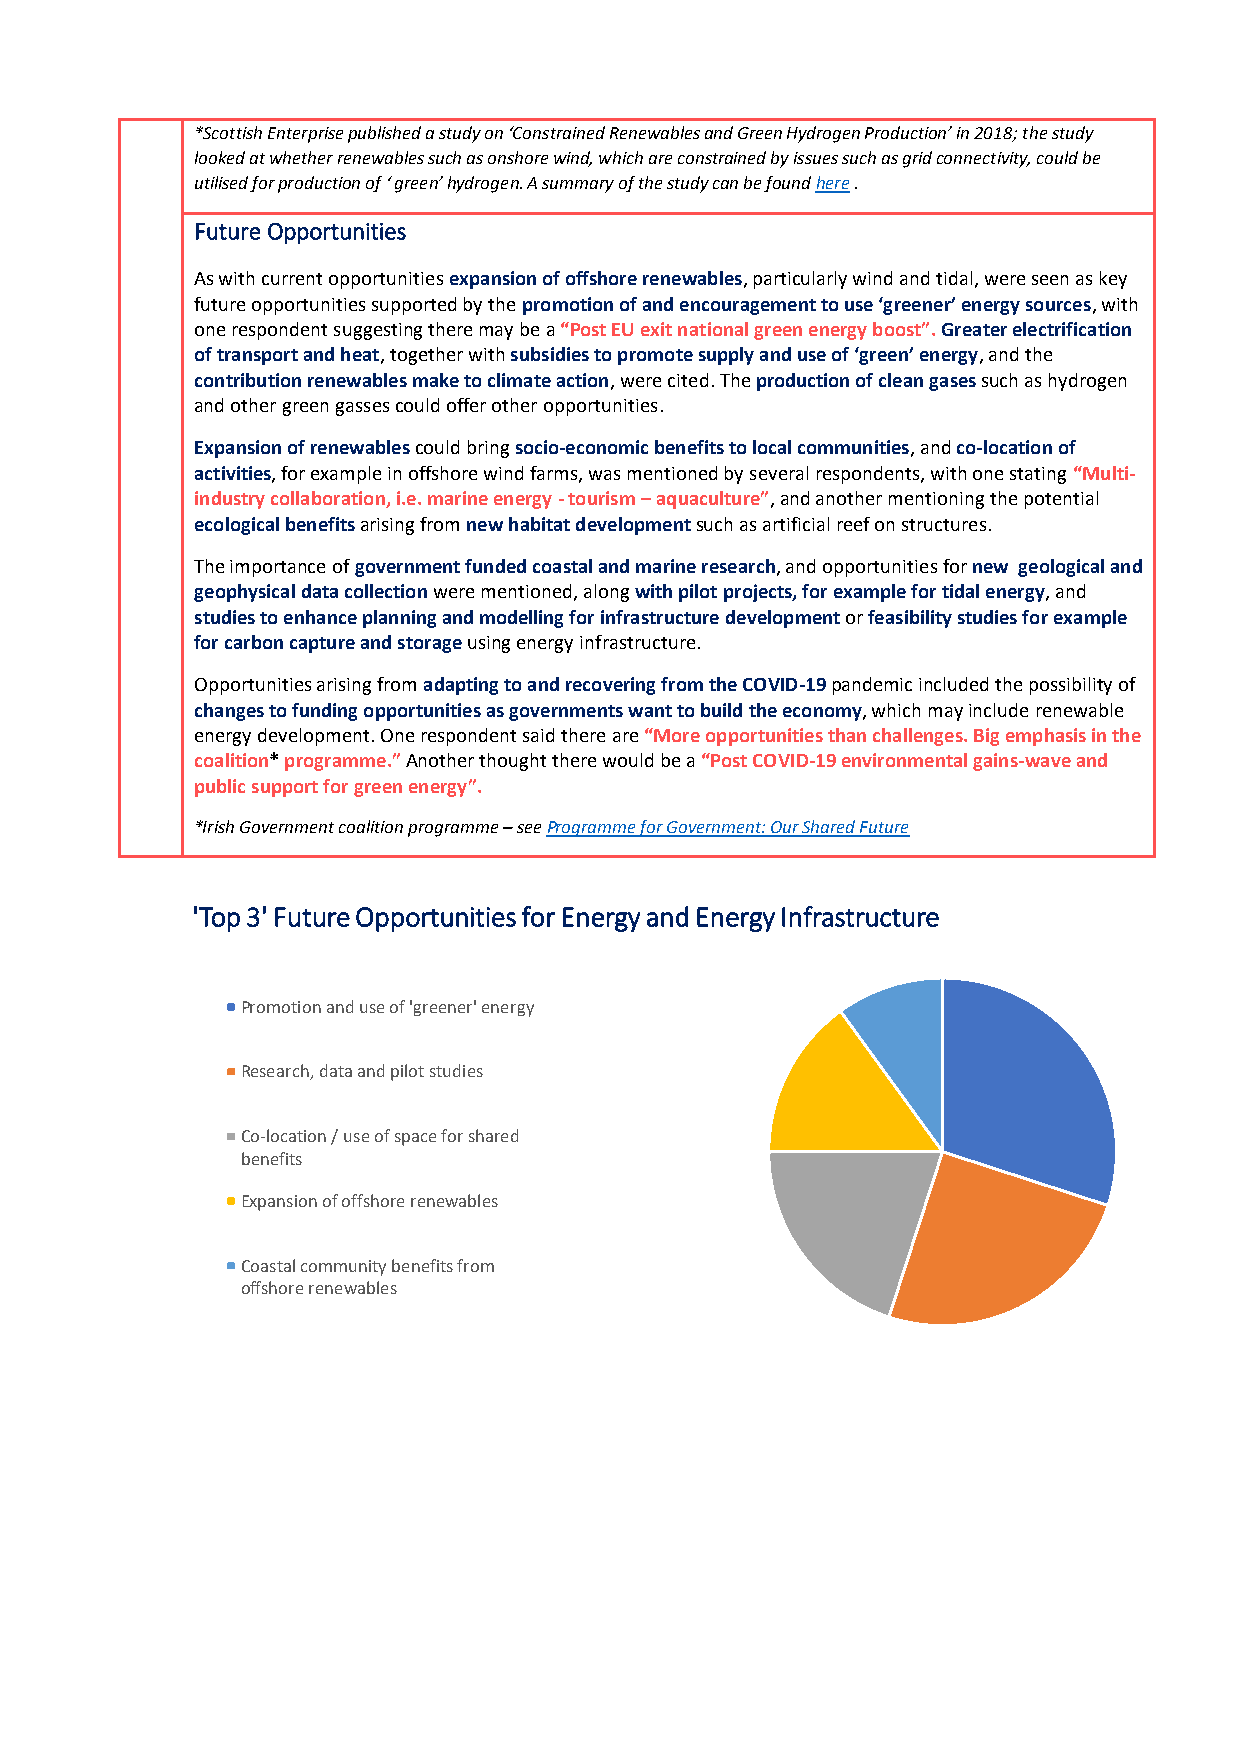
*Scottish Enterprise published a study on ‘Constrained Renewables and Green Hydrogen Production’ in 2018; the study
 looked at whether renewables such as onshore wind, which are constrained by issues such as grid connectivity, could be
 utilised for production of ‘ green’ hydrogen. A summary of the study can be found here .
 Future Opportunities
 As with current opportunities expansion of offshore renewables, particularly wind and tidal, were seen as key
 future opportunities supported by the promotion of and encouragement to use ‘greener’ energy sources, with
 one respondent suggesting there may be a “Post EU exit national green energy boost”. Greater electrification
 of transport and heat, together with subsidies to promote supply and use of ‘green’ energy, and the
 contribution renewables make to climate action, were cited. The production of clean gases such as hydrogen
 and other green gasses could offer other opportunities.
 Expansion of renewables could bring socio-economic benefits to local communities, and co-location of
 activities, for example in offshore wind farms, was mentioned by several respondents, with one stating “Multi-
 industry collaboration, i.e. marine energy - tourism – aquaculture”, and another mentioning the potential
 ecological benefits arising from new habitat development such as artificial reef on structures.
 The importance of government funded coastal and marine research, and opportunities for new geological and
 geophysical data collection were mentioned, along with pilot projects, for example for tidal energy, and
 studies to enhance planning and modelling for infrastructure development or feasibility studies for example
 for carbon capture and storage using energy infrastructure.
 Opportunities arising from adapting to and recovering from the COVID-19 pandemic included the possibility of
 changes to funding opportunities as governments want to build the economy, which may include renewable
 energy development. One respondent said there are “More opportunities than challenges. Big emphasis in the
 coalition* programme.” Another thought there would be a “Post COVID-19 environmental gains-wave and
 public support for green energy”.
 *Irish Government coalition programme – see Programme for Government: Our Shared Future
 'Top 3' Future Opportunities for Energy and Energy Infrastructure
 Promotion and use of 'greener' energy
 Research, data and pilot studies
 Co-location / use of space for shared
 benefits
 Expansion of offshore renewables
 Coastal community benefits from
 offshore renewables